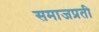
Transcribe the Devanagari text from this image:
समाजप्रती